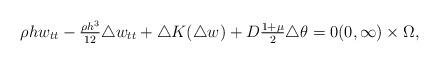
LaTeX: \begin{align*}\rho h w_{tt} - \tfrac{\rho h^{3}}{12} \triangle w_{tt} + \triangle K(\triangle w) + D \tfrac{1 + \mu}{2} \triangle \theta = 0 (0, \infty) \times \Omega, \end{align*}